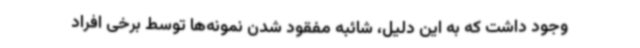
وجود داشت که به این دلیل، شائبه مفقود شدن نمونه‌ها توسط برخی افراد